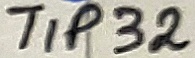
Text: TIP32